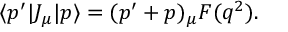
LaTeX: \langle p ^ { \prime } | J _ { \mu } | p \rangle = ( p ^ { \prime } + p ) _ { \mu } F ( q ^ { 2 } ) .